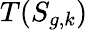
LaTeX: T(S_{g,k})